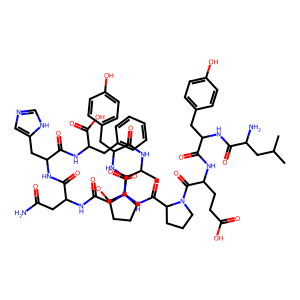
SMILES: CC(C)CC(N)C(=O)NC(Cc1ccc(O)cc1)C(=O)NC(CCC(=O)O)C(=O)N1CCCC1C(=O)NC(CO)C(=O)NC(Cc1ccc(O)cc1)C(=O)NC(C)C(=O)N1CCCC1C(=O)NC(CC(N)=O)C(=O)NC(Cc1cnc[nH]1)C(=O)NC(Cc1ccccc1)C(=O)O
Inhibits HIV replication: No